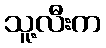
သူ့လီးက